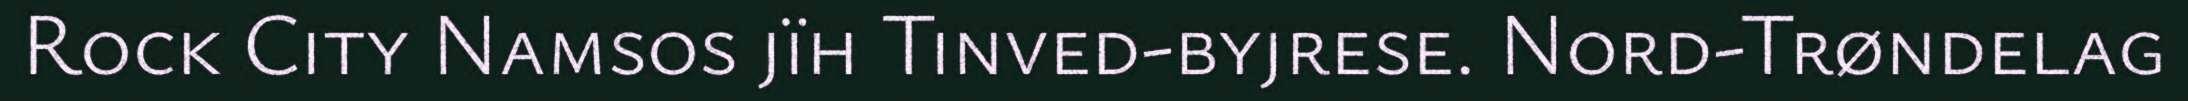
Rock City Namsos jïh Tinved-byjrese. Nord-Trøndelag